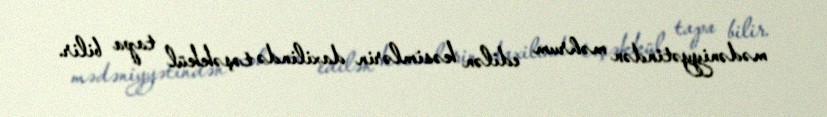
mədəniyyətindən məhrum edilən kəsimlərin daxilində təşəkkül tapa bilir.